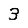
Digit: 3